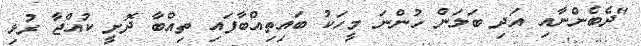
"ދެބެންނާއި އަދި ބަލަން ހުންނަ މީހަކު ބައިތިއްބާފައި ތިއްބާ ދޮށީ ކުއްޖާ ރުޅި